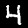
Digit: 4